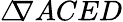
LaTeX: \triangle\! \! \! \nabla{ACED}